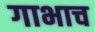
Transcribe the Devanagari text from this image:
गाभाच